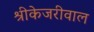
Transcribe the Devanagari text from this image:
श्रीकेजरीवाल